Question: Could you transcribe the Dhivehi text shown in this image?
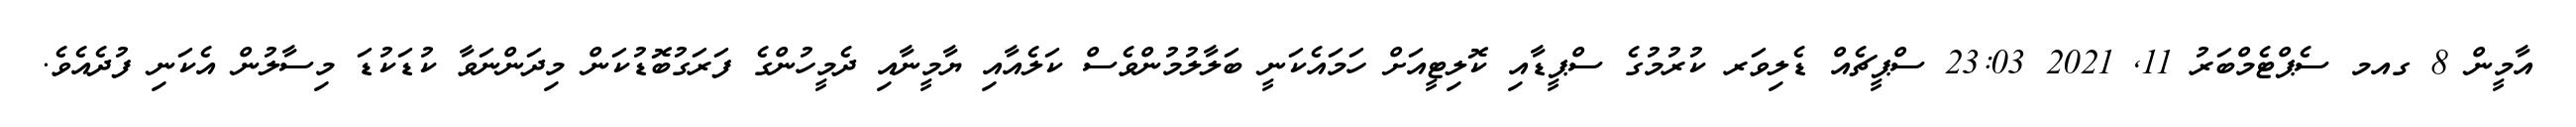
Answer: އާމީން 8 ގއމ ސެޕްޓެމްބަރު 11, 2021 23:03 ސްޕީޗެއް ޑެލިވަރ ކުރުމުގެ ސްޕީޑާއި ކޮލިޓީއަށް ހަމައެކަނީ ބަލާލުމުންވެސް ކަލެއާއި ޔާމީނާއި ދެމީހުންގެ ފަރަގުބޮޑުކަން މިދަންނަވާ ކުޑަކުޑަ މިސާލުން އެކަނި ފުދެއެވެ.